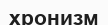
хронизм